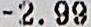
-2.99